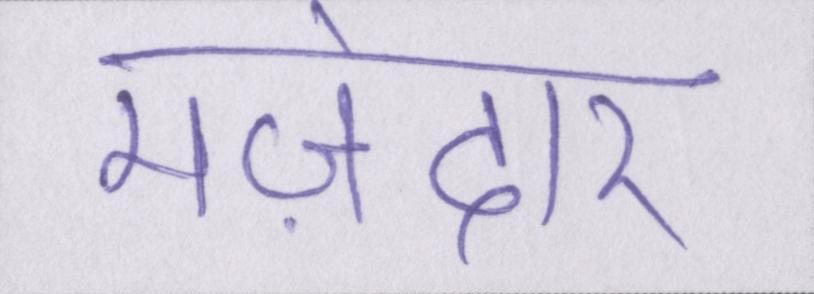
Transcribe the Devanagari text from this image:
मज़ेदार